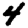
Digit: 4